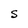
Character: S